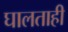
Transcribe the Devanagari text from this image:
घालताही